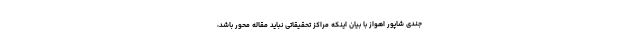
جندی شاپور اهواز با بیان اینکه مراکز تحقیقاتی نباید مقاله محور باشد،